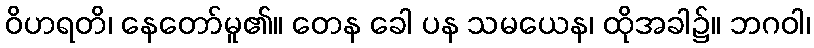
ဝိဟရတိ၊ နေတော်မူ၏။ တေန ခေါ ပန သမယေန၊ ထိုအခါ၌။ ဘဂဝါ၊